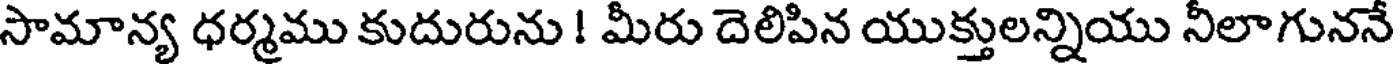
సామాన్య ధర్మము కుదురును ! మీరు దెలిపిన యుక్తులన్నియు నీలాగుననే